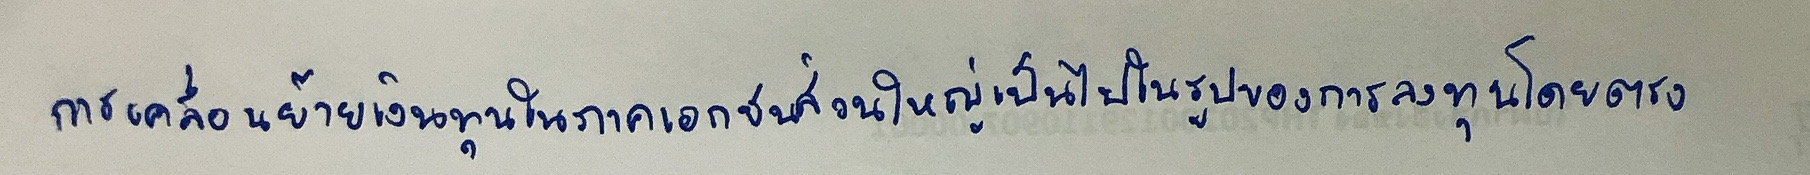
การเคลื่อนย้ายเงินทุนในภาคเอกชนส่วนใหญ่เป็นไปในรูปของการลงทุนโดยตรง